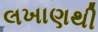
લખાણથી